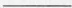
___